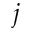
j